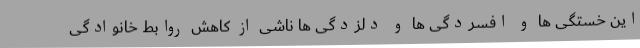
این خستگی ها و افسردگی ها و دلزدگی ها ناشی از کاهش روابط خانوادگی